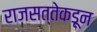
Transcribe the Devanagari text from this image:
राजसत्तेकडून